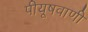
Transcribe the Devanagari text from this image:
पीयूषवाणी